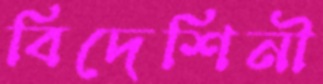
বিদেশিনী